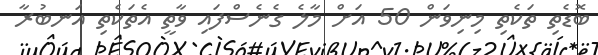
ބޮޑެތި ތަކެތި މިނިވަން 50 އަށް މާލެ ގެނެސްފައި ވާތީ އެތަކެތި އަނބުރާ